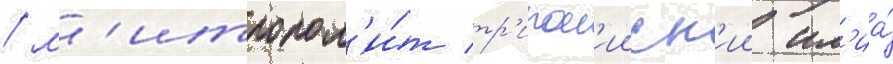
/ м'итропол'и́т тр'ипол'ииск'ии ил'иа́